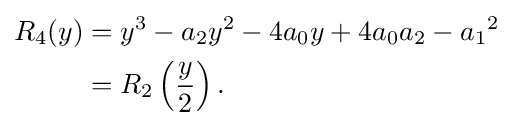
{\begin{aligned}R_{4}(y)&=y^{3}-a_{2}y^{2}-4a_{0}y+4a_{0}a_{2}-{a_{1}}^{2}\\&=R_{2}\left({\frac {y}{2}}\right){\text{.}}\end{aligned}}